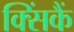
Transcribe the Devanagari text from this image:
क्सिंकैं